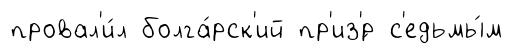
провал'и́л болга́рск'ий пр'из'́р с'едьмы́м